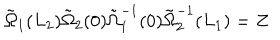
LaTeX: \tilde { \Omega } _ { 1 } ( L _ { 2 } ) \tilde { \Omega } _ { 2 } ( 0 ) \tilde { \Omega } _ { 1 } ^ { - 1 } ( 0 ) \tilde { \Omega } _ { 2 } ^ { - 1 } ( L _ { 1 } ) = Z